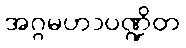
အဂ္ဂမဟာပဏ္ဍိတ